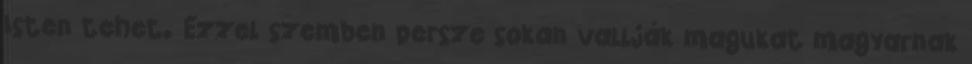
Isten tehet. Ezzel szemben persze sokan vallják magukat magyarnak